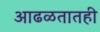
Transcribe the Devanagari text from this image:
आढळतातही